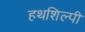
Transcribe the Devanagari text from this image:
हथशिल्पी